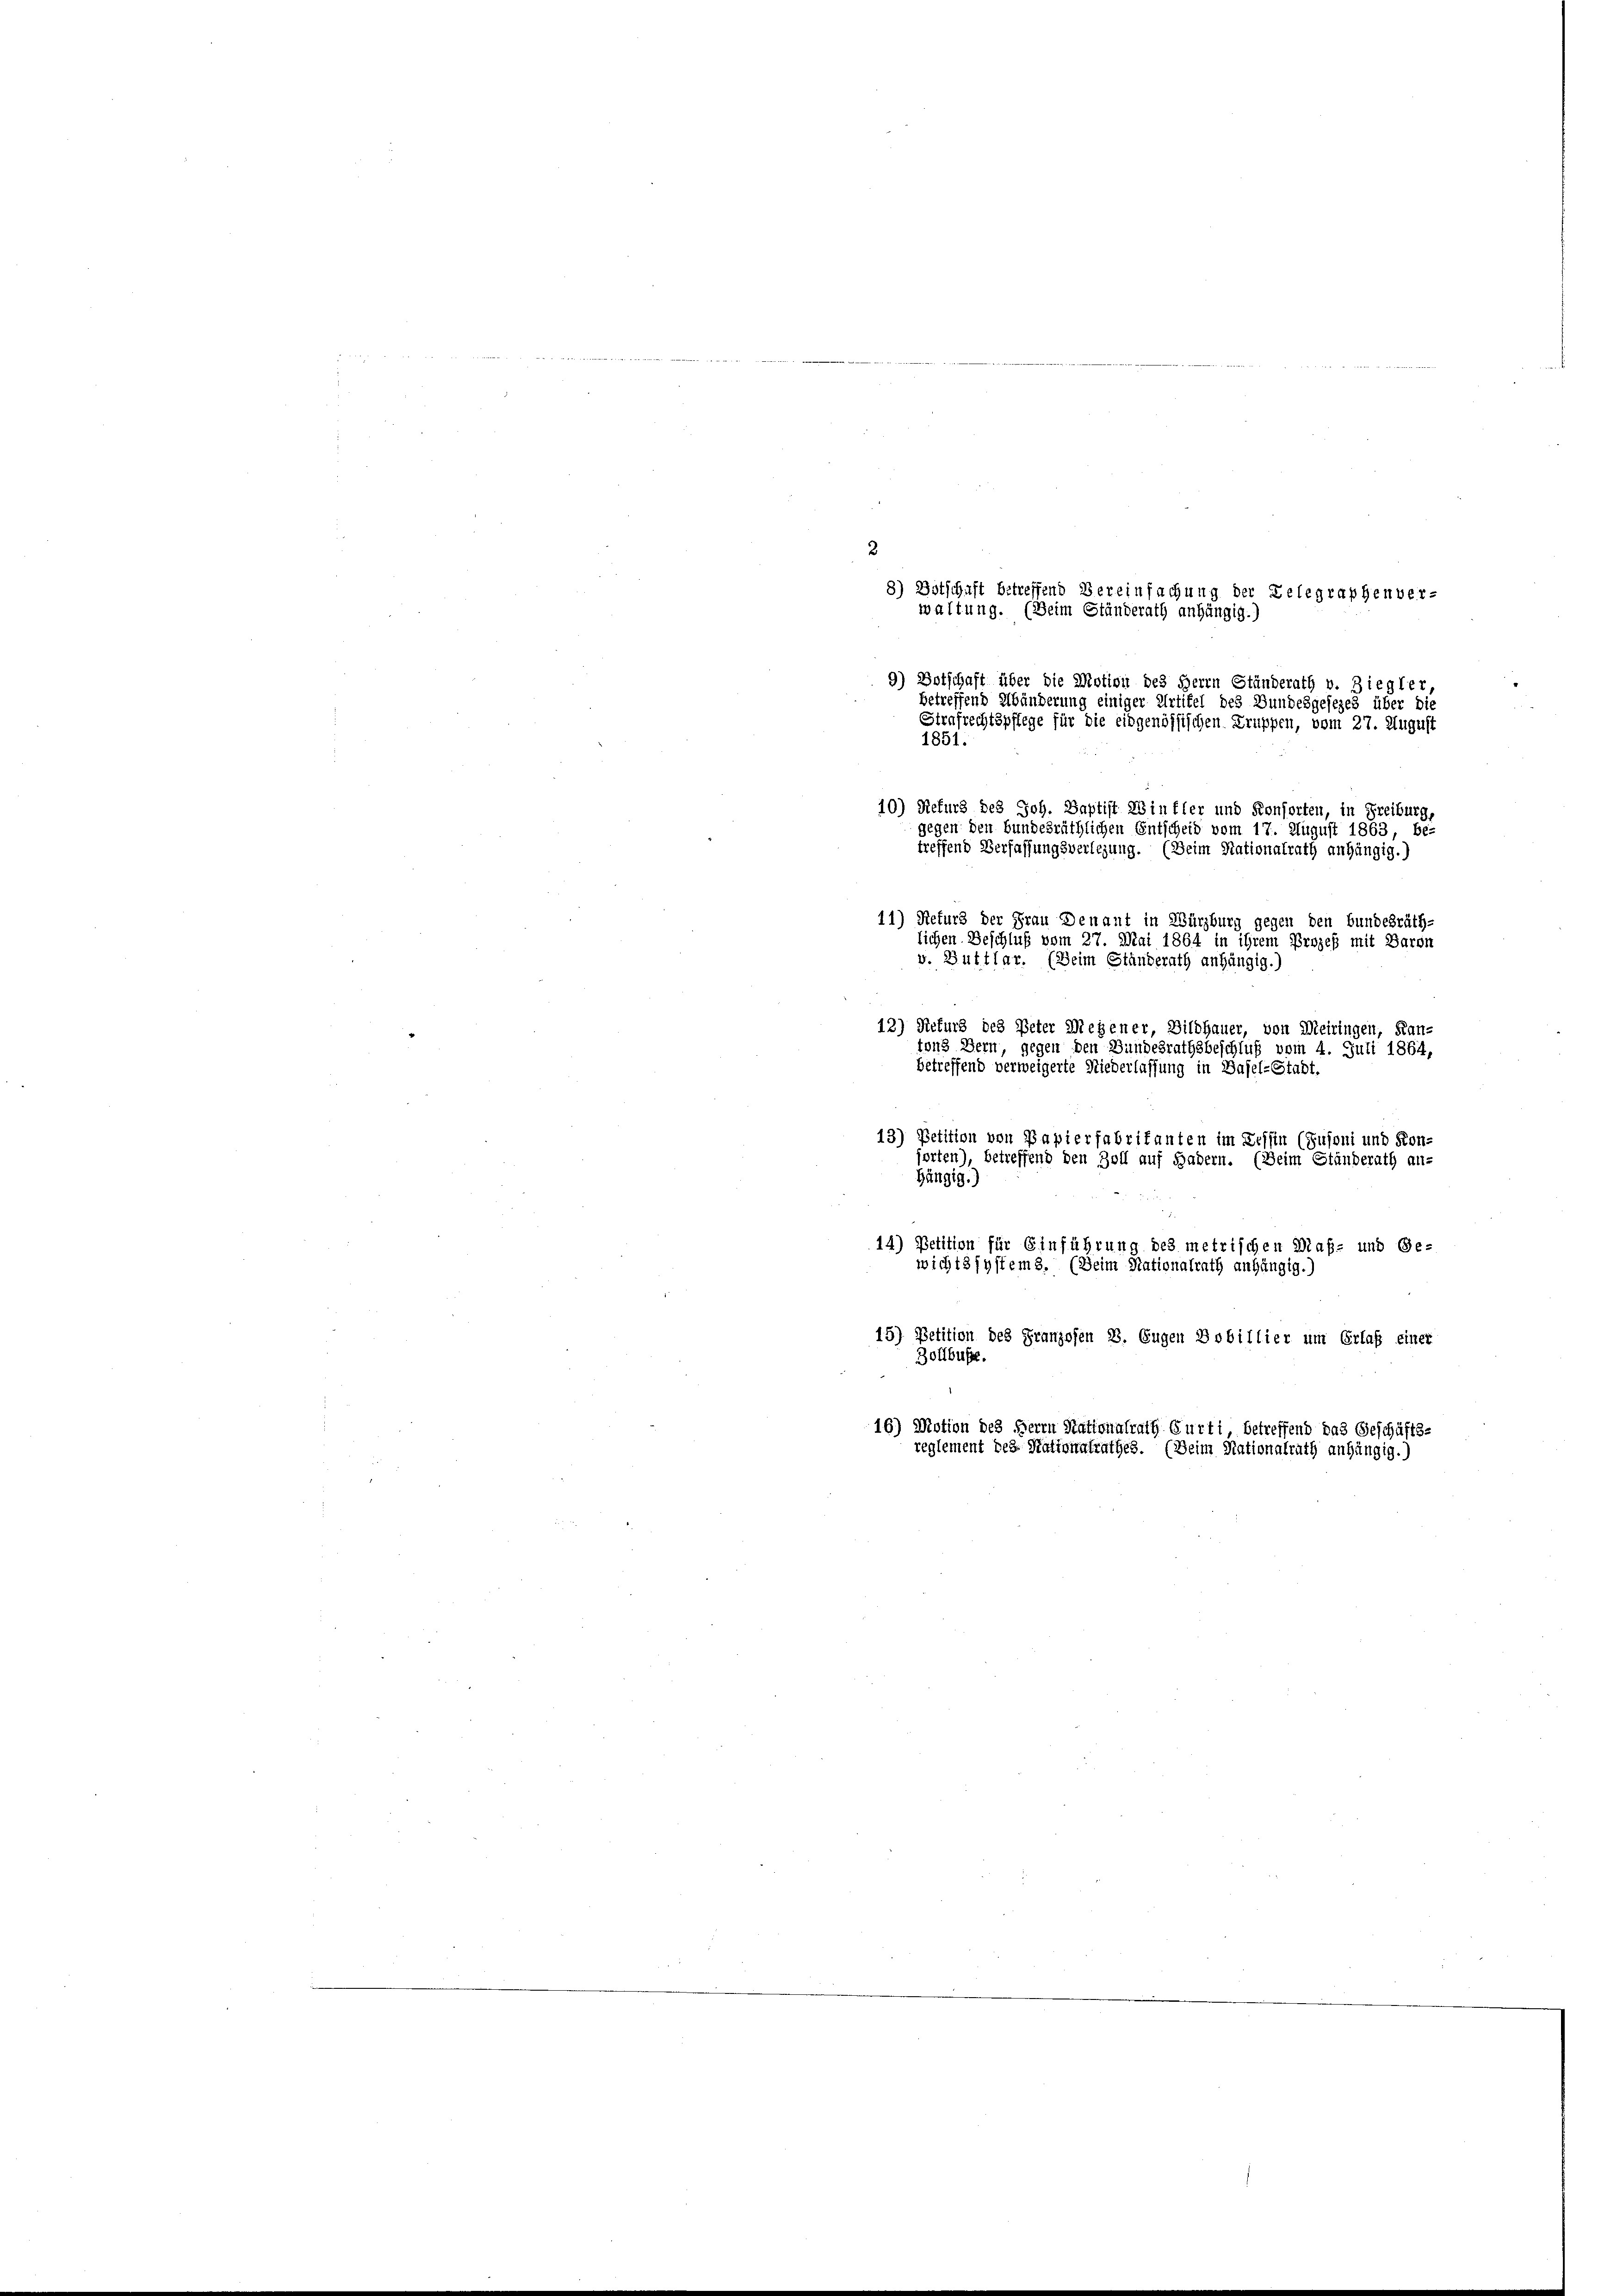
9) Botschaft über die Motion des Herrn Ständerath v. Ziegler,
betreffend Abänderung einiger Artikel des Bundesgesezes über die
Strafrechtspflege für die eidgenössischen Truppen, vom 27. August
1851.
10) Refurs des Joh. Baptist Einfler und Konsorten, in Freiburg
gegen den bundesräthlichen Entscheid vom 17. August 1863, be-
treffend Verfassungsverlegung. (Beim Nationalrath anhängig.)
11) Refurs der Frau Denant in Würzburg gegen den bundesräthlichen Beschluß vom 27. Mai 1864 in ihrem Prozeß mit Baron
v. Guttlar. (Beim Ständerath anhängig.)
12) Rekurs des Peter Wegener, Bildhauer, von Meiringen, Kan-
ton Bern, gegen den Bundesrathsbeschluß vom 4. Juli 1864,
betreffend verweigerte Niederlassung in Basel-Stadt,
13) Petition von Papierfabritanten im Tessin (Jusoni und Kon-
orten
betreffend den Zoll auf Hadern. (Beim Ständerath an-
hängig.)
14) Petition für Einführung des metrischen Maß- und Ge-
wichtssystems. (Beim Nationalrath anhängig.)
15) Petition des Franzosen B. Eugen Dobillier um Erlaß einer
ollbusse.
16) Motion des Herrn Stationalrath Gurti betreffend das Geschäfts-
reglement des Stationalrathes. (Beim Nationalrath anhängig.)

2
8) Botschaft betreffend Vereinfachung der Telegraphenver-
waltung. (Beim Ständerath anhängig.)